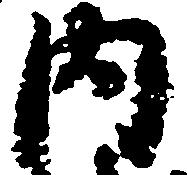
内